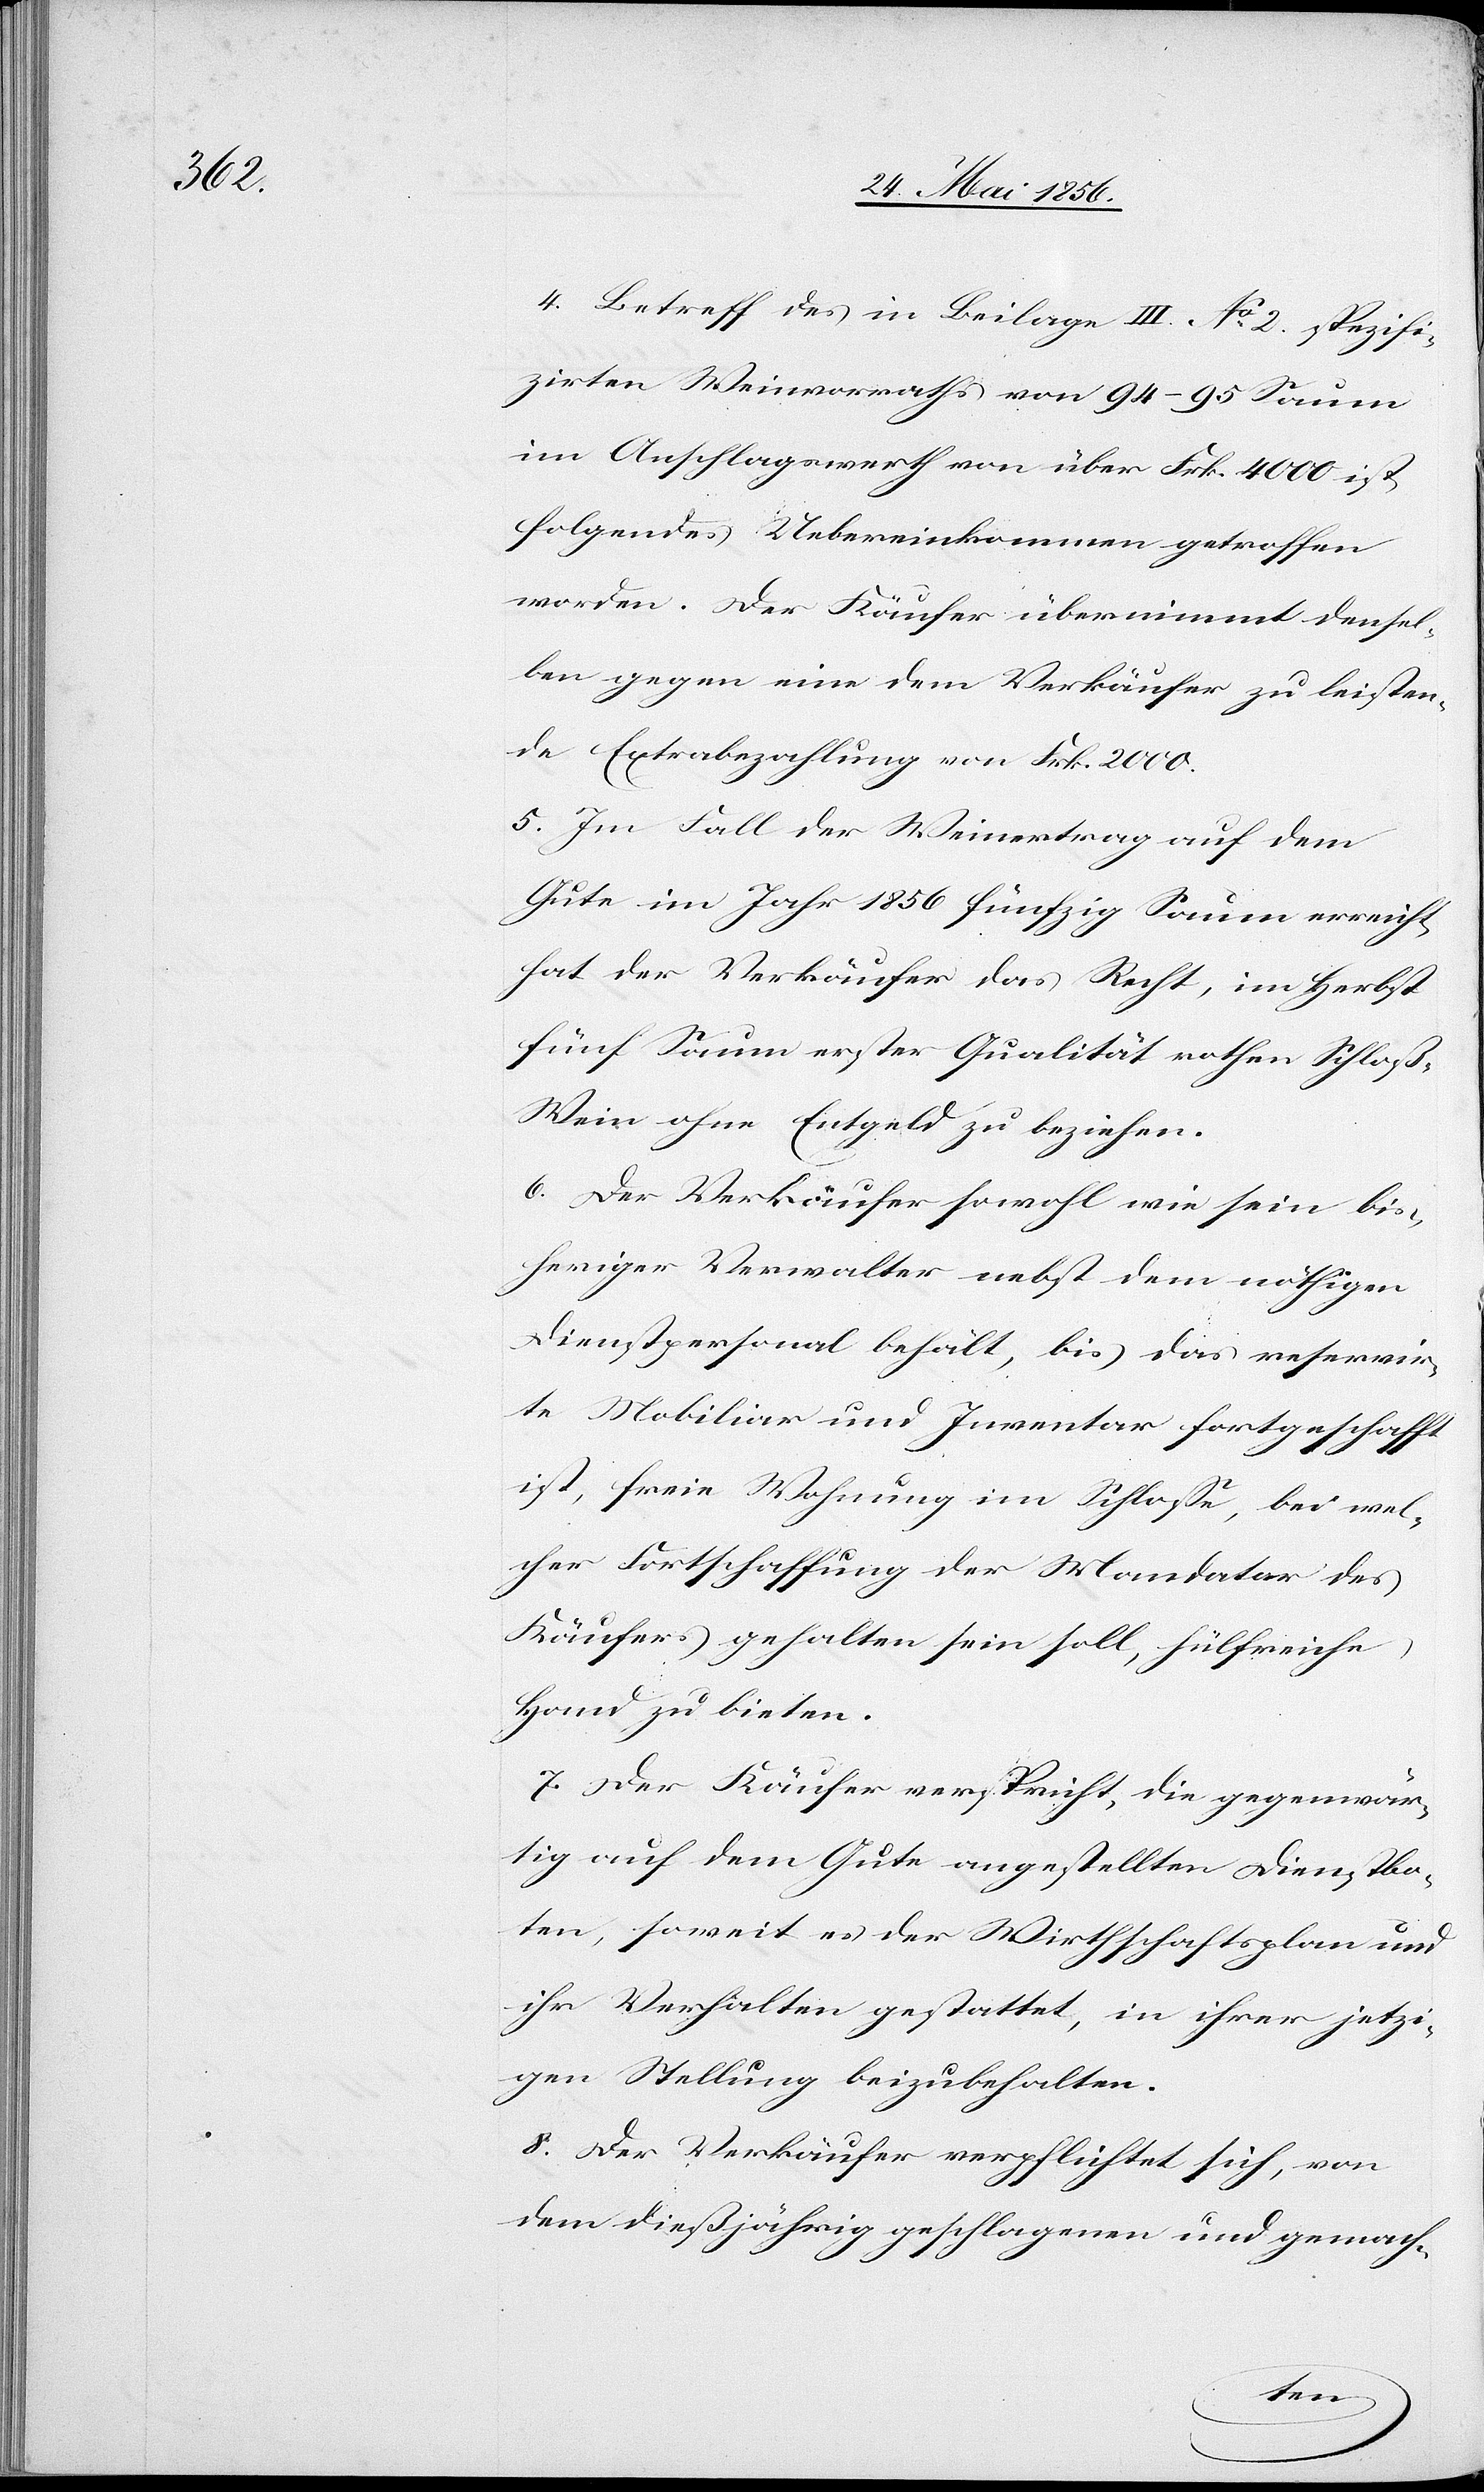
4. Betreff des in Beilage III. No 2. spezifi¬
zirten Weinvorraths von 94–95 Saum
im Anschlagswerth von über Frk. 4000 ist
folgendes Uebereinkommen getroffen
worden. Der Käufer übernimmt densel¬
ben gegen eine dem Verkäufer zu leisten¬
de Extrabezahlung von Frk. 2000.
5. Im Fall der Weinertrag auf dem
Gute im Jahr 1856 fünfzig Saum erreicht,
hat der Verkäufer das Recht, im Herbst
fünf Saum erster Qualität rothen Schlo¬
ß-Wein ohne Entgeld zu beziehen.
6. Der Verkäufer sowohl wie sein bis¬
heriger Verwalter nebst dem nöthigen
Dienstpersonal behält, bis das reservir¬
te Mobiliar und Inventar fortgeschafft
ist, freie Wohnung im Schlosse, bei wel¬
cher Fortschaffung der Mandator des
Käufers gehalten sein soll, hülfreiche
Hand zu bieten.
7. Der Käufer verspricht, die gegenwär¬
tig auf dem Gute angestellten Dienstbo¬
ten, soweit es der Wirthschaftsplan und
ihr Verhalten gestattet, in ihrer jetzi¬
gen Stellung beizubehalten.
8. Der Verkäufer verpflichtet sich, von
dem dießjährig geschlagenen und gemach-